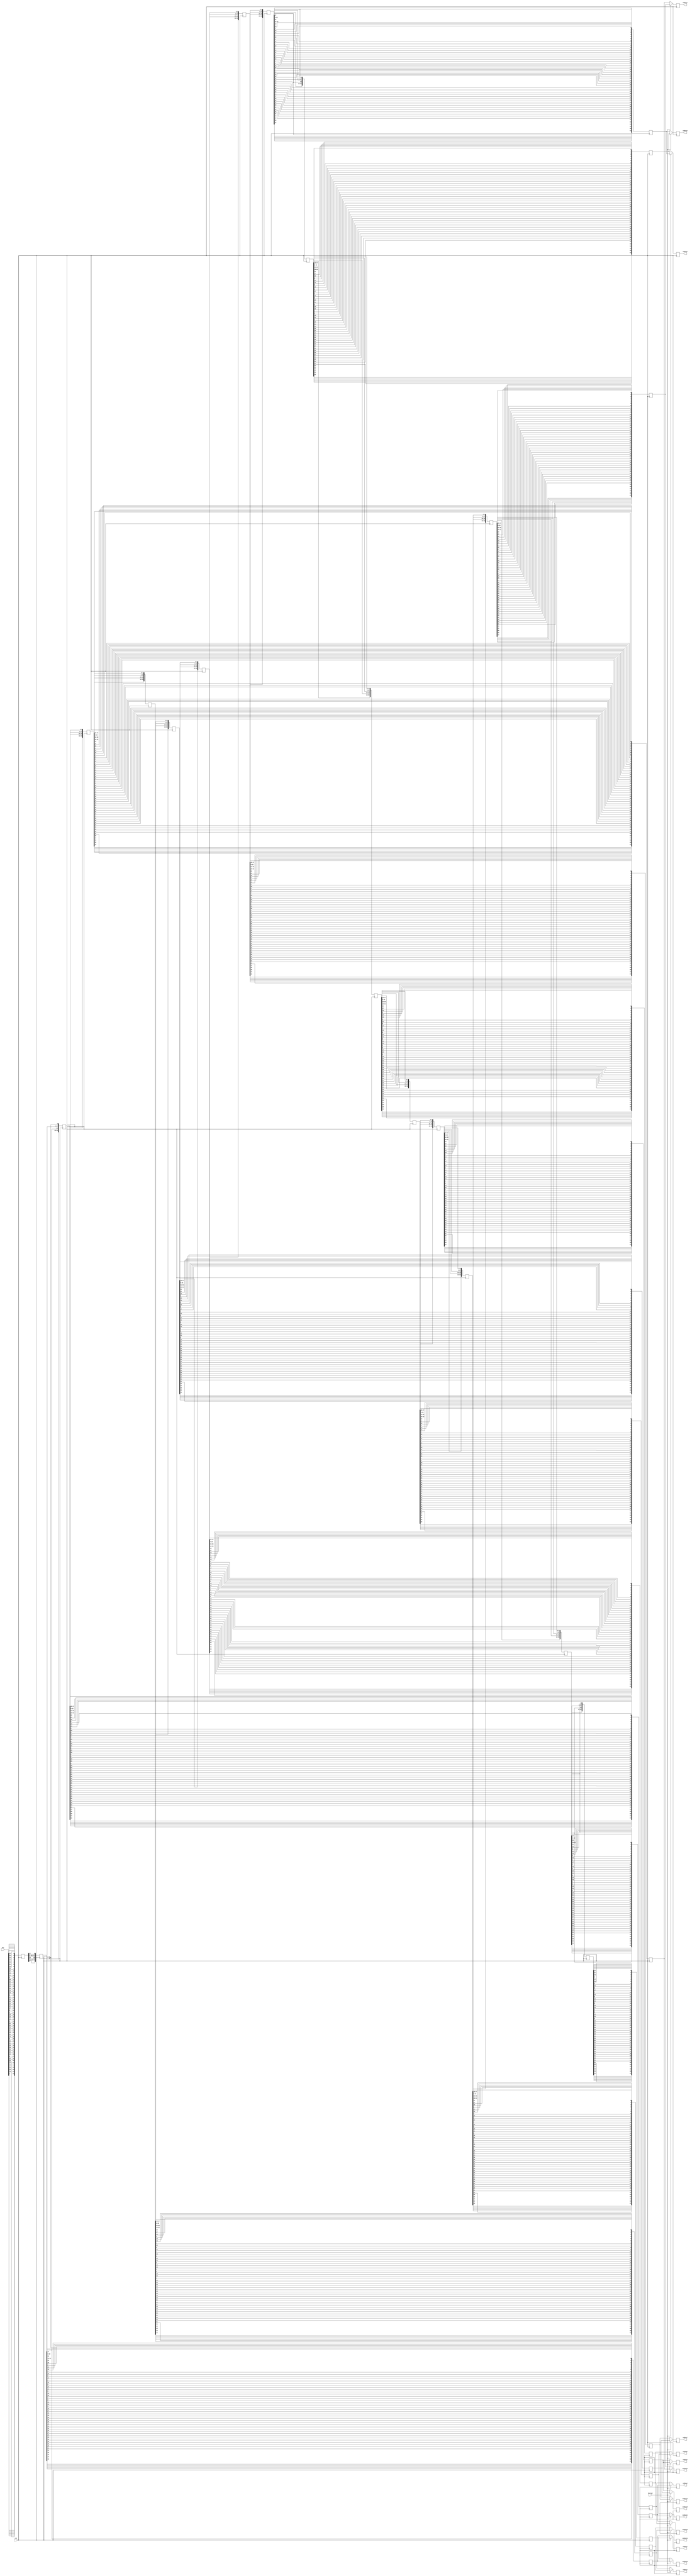
`timescale 1ns / 1ps
//////////////////////////////////////////////////////////////////////////////////
// Company: 
// Engineer: 
// 
// Design Name: 
// Module Name: keys_generator
// Project Name: 
// Target Devices: 
// Tool Versions: 
// Description: 
// 
// Dependencies: 
// 
// Revision:
// Revision 0.01 - File Created
// Additional Comments:
// 
//////////////////////////////////////////////////////////////////////////////////


module keys_generator(
clk,
key,
decrypt,
subkey1,
subkey2,
subkey3,
subkey4,
subkey5,
subkey6,
subkey7,
subkey8,
subkey9,
subkey10,
subkey11,
subkey12,
subkey13,
subkey14,
subkey15,
subkey16
);
input clk;
input [63:0] key;
input decrypt;
output [47:0] subkey1;
output [47:0] subkey2;
output [47:0] subkey3;
output [47:0] subkey4;
output [47:0] subkey5;
output [47:0] subkey6;
output [47:0] subkey7;
output [47:0] subkey8;
output [47:0] subkey9;
output [47:0] subkey10;
output [47:0] subkey11;
output [47:0] subkey12;
output [47:0] subkey13;
output [47:0] subkey14;
output [47:0] subkey15;
output [47:0] subkey16;

reg [47:0] subkey1;
reg [47:0] subkey2;
reg [47:0] subkey3;
reg [47:0] subkey4;
reg [47:0] subkey5;
reg [47:0] subkey6;
reg [47:0] subkey7;
reg [47:0] subkey8;
reg [47:0] subkey9;
reg [47:0] subkey10;
reg [47:0] subkey11;
reg [47:0] subkey12;
reg [47:0] subkey13;
reg [47:0] subkey14;
reg [47:0] subkey15;
reg [47:0] subkey16;

function [55:0] parity_drop;
    input [63:0] keyIn;
    integer permutation_table[55: 0];
    integer i;
    
    begin
        permutation_table[0] = 56;
        permutation_table[1] = 48;
        permutation_table[2] = 40;
        permutation_table[3] = 32;
        permutation_table[4] = 24;
        permutation_table[5] = 16;
        permutation_table[6] = 8;
        permutation_table[7] = 0;
        permutation_table[8] = 57;
        permutation_table[9] = 49;
        permutation_table[10] = 41;
        permutation_table[11] = 33;
        permutation_table[12] = 25;
        permutation_table[13] = 17;
        permutation_table[14] = 9;
        permutation_table[15] = 1;
        permutation_table[16] = 58;
        permutation_table[17] = 50;
        permutation_table[18] = 42;
        permutation_table[19] = 34;
        permutation_table[20] = 26;
        permutation_table[21] = 18;
        permutation_table[22] = 10;
        permutation_table[23] = 2;
        permutation_table[24] = 59;
        permutation_table[25] = 51;
        permutation_table[26] = 43;
        permutation_table[27] = 35;
        permutation_table[28] = 62;
        permutation_table[29] = 54;
        permutation_table[30] = 46;
        permutation_table[31] = 38;
        permutation_table[32] = 30;
        permutation_table[33] = 22;
        permutation_table[34] = 14;
        permutation_table[35] = 6;
        permutation_table[36] = 61;
        permutation_table[37] = 53;
        permutation_table[38] = 45;
        permutation_table[39] = 37;
        permutation_table[40] = 29;
        permutation_table[41] = 21;
        permutation_table[42] = 13;
        permutation_table[43] = 5;
        permutation_table[44] = 60;
        permutation_table[45] = 52;
        permutation_table[46] = 44;
        permutation_table[47] = 36;
        permutation_table[48] = 28;
        permutation_table[49] = 20;
        permutation_table[50] = 12;
        permutation_table[51] = 4;
        permutation_table[52] = 27;
        permutation_table[53] = 19;
        permutation_table[54] = 11;
        permutation_table[55] = 3;
        
        for(i=0; i < 56; i = i+1)
            parity_drop[55-i] = keyIn[63 - permutation_table[i]];
    end
endfunction

function [55:0] shift;
    input [55:0] last_key;
    input integer round;
    integer shift_table[16:1];
    begin
      // shift table. see: https://academic.csuohio.edu/yuc/security/Chapter_06_Data_Encription_Standard.pdf
      // for round 1, 2, 9 and 16 shifting in 1 bit. Note this is a circular shift
      shift_table[1] = 1;
      shift_table[2] = 1;
      shift_table[3] = 2;
      shift_table[4] = 2;
      shift_table[5] = 2;
      shift_table[6] = 2;
      shift_table[7] = 2;
      shift_table[8] = 2;
      shift_table[9] = 1;
      shift_table[10] = 2;
      shift_table[11] = 2;
      shift_table[12] = 2;
      shift_table[13] = 2;
      shift_table[14] = 2;
      shift_table[15] = 2;
      shift_table[16] = 1;
      
      if(shift_table[round] == 'd1) // 
          shift = { last_key[54:28], last_key[55], last_key[26:0], last_key[27] };
      else
        shift = { last_key[53:28], last_key[55:54],  last_key[25:0], last_key[27:26] };
    end
endfunction

function [47:0] compression_dBox;
    input [55:0] dt_in;
    integer compression_table[47:0];
    integer i;
    begin
            compression_table[0] = 13;
            compression_table[1] = 16;
            compression_table[2] = 10;
            compression_table[3] = 23;
            compression_table[4] = 0;
            compression_table[5] = 4;
            compression_table[6] = 2;
            compression_table[7] = 27;
            compression_table[8] = 14;
            compression_table[9] = 5;
            compression_table[10] = 20;
            compression_table[11] = 9;
            compression_table[12] = 22;
            compression_table[13] = 18;
            compression_table[14] = 11;
            compression_table[15] = 3;
            compression_table[16] = 25;
            compression_table[17] = 7;
            compression_table[18] = 15;
            compression_table[19] = 6;
            compression_table[20] = 26;
            compression_table[21] = 19;
            compression_table[22] = 12;
            compression_table[23] = 1;
            compression_table[24] = 40;
            compression_table[25] = 51;
            compression_table[26] = 30;
            compression_table[27] = 36;
            compression_table[28] = 46;
            compression_table[29] = 54;
            compression_table[30] = 29;
            compression_table[31] = 39;
            compression_table[32] = 50;
            compression_table[33] = 44;
            compression_table[34] = 32;
            compression_table[35] = 47;
            compression_table[36] = 43;
            compression_table[37] = 48;
            compression_table[38] = 38;
            compression_table[39] = 55;
            compression_table[40] = 33;
            compression_table[41] = 52;
            compression_table[42] = 45;
            compression_table[43] = 41;
            compression_table[44] = 49;
            compression_table[45] = 35;
            compression_table[46] = 28;
            compression_table[47] = 31;
        
        for(i=0; i< 48; i=i+1)
            compression_dBox[47 - i] = dt_in[55 - compression_table[i]];
    end
endfunction

reg [55:0] drop_parity_key;
reg [55:0] tmp[16:0];
reg [47:0] K[15:0];
integer i;
always @(posedge clk)
begin
    tmp[0] <= parity_drop(key);
    for(i=1; i < 17; i=i+1)
    begin
        tmp[i] <= shift(tmp[i-1], i);
        K[i-1] <= compression_dBox( tmp[i] );
    end
    
     if(decrypt == 1'b0) begin
         subkey1 <= K[0];
         subkey2 <= K[1];
         subkey3 <= K[2];
         subkey4 <= K[3];
         subkey5 <= K[4];
         subkey6 <= K[5];
         subkey7 <= K[6];
         subkey8 <= K[7];
         subkey9 <= K[8];
         subkey10 <= K[9];
         subkey11 <= K[10];
         subkey12 <= K[11];
         subkey13 <= K[12];
         subkey14 <= K[13];
         subkey15 <= K[14];
         subkey16 <= K[15];
     end
     else if(decrypt == 1'b1) begin
         subkey16 <= K[0];
         subkey15 <= K[1];
         subkey14 <= K[2];
         subkey13 <= K[3];
         subkey12 <= K[4];
         subkey11 <= K[5];
         subkey10 <= K[6];
         subkey9 <= K[7];
         subkey8 <= K[8];
         subkey7 <= K[9];
         subkey6 <= K[10];
         subkey5 <= K[11];
         subkey4 <= K[12];
         subkey3 <= K[13];
         subkey2 <= K[14];
         subkey1 <= K[15];
     end
end
endmodule